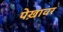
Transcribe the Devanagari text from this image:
पेख़ावर